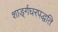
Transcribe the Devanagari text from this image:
शाङ्‌र्गघरपद्धति